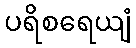
ပရိစရေယျံ